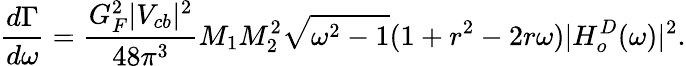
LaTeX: \frac{d\Gamma}{d\omega}=\frac{G_{F}^{2}|V_{cb}|^{2}}{48\pi^{3}}M_{1}M_{2}^{2}\sqrt{\omega^{2}-1}(1+r^{2}-2r\omega)|H_{o}^{D}(\omega)|^{2}.